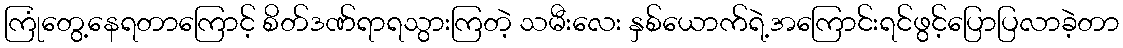
ကြုံတွေ့နေရတာကြောင့် စိတ်ဒဏ်ရာရသွားကြတဲ့ သမီးလေး နှစ်ယောက်ရဲ့အကြောင်းရင်ဖွင့်ပြောပြလာခဲ့တာ